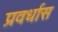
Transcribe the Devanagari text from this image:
प्रवर्धास